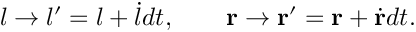
l \to l ^ { \prime } = l + { \dot { l } } d t , \qquad { \bf r } \to { \bf r } ^ { \prime } = { \bf r } + \dot { \bf r } d t .